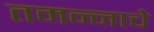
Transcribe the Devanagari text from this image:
तमन्नाचे